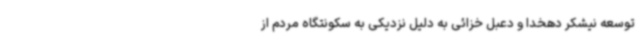
توسعه نیشکر دهخدا و دعبل خزائی به دلیل نزدیکی به سکونتگاه مردم از